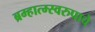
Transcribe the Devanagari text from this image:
ब्रम्हात्म्स्वरुपाचे